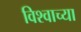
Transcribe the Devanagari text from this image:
विश्‍वाच्‍या